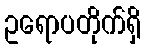
ဥရောပတိုက်ရှိ